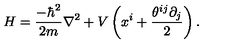
H = \frac { - \hbar ^ { 2 } } { 2 m } \nabla ^ { 2 } + V \left( x ^ { i } + \frac { \theta ^ { i j } \partial _ { j } } { 2 } \right) .